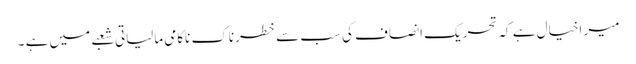
میر اخیال ہے کہ تحریک انصاف کی سب سے خطرناک ناکامی مالیاتی شعبے میں ہے ۔